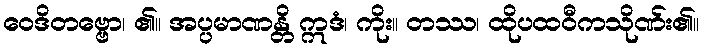
ဝေဒိတဗ္ဗော၊ ၏။ အပ္ပမာဏန္တိ ဣဒံ၊ ကိုး။ တဿ၊ ထိုပထဝီကသိုဏ်း၏။